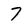
Character: 7